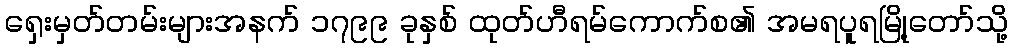
ရှေးမှတ်တမ်းများအနက် ၁၇၉၉ ခုနှစ် ထုတ်ဟီရမ်ကောက်စ၏ အမရပူရမြို့တော်သို့